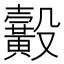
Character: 𪏙